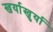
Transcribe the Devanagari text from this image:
खर्याखुर्या